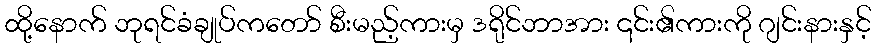
ထို့နောက် ဘုရင်ခံချုပ်ကတော် စီးမည့်ကားမှ ဒရိုင်ဘာအား ၎င်း၏ကားကို ဂျင်းနားနှင့်